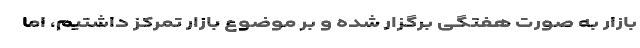
بازار به صورت هفتگی برگزار شده و بر موضوع بازار تمرکز داشتیم، اما